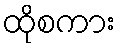
ထိုစကား